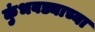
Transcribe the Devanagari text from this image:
कुंभवड्याच्या